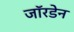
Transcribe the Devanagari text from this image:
जॉरडेन